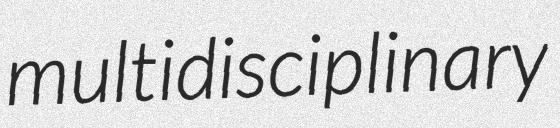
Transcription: multidisciplinary